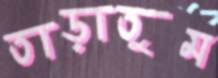
তাড়াতুম